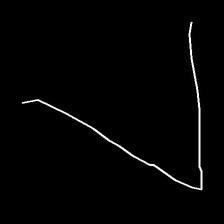
Glyph: region